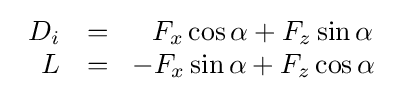
{\begin{array}{rcl}D_{i}&=&\;\;F_{x}\cos \alpha +F_{z}\sin \alpha \\L&=&\!-F_{x}\sin \alpha +F_{z}\cos \alpha \end{array}}